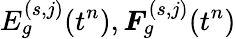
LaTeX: E_{g}^{(s,j)}(t^{n}),\boldsymbol{F}_{g}^{(s,j)}(t^{n})